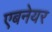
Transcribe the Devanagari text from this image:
एबनेयर